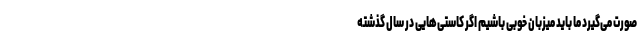
صورت می‌گیرد ما باید میزبان خوبی باشیم اگر کاستی‌هایی در سال گذشته